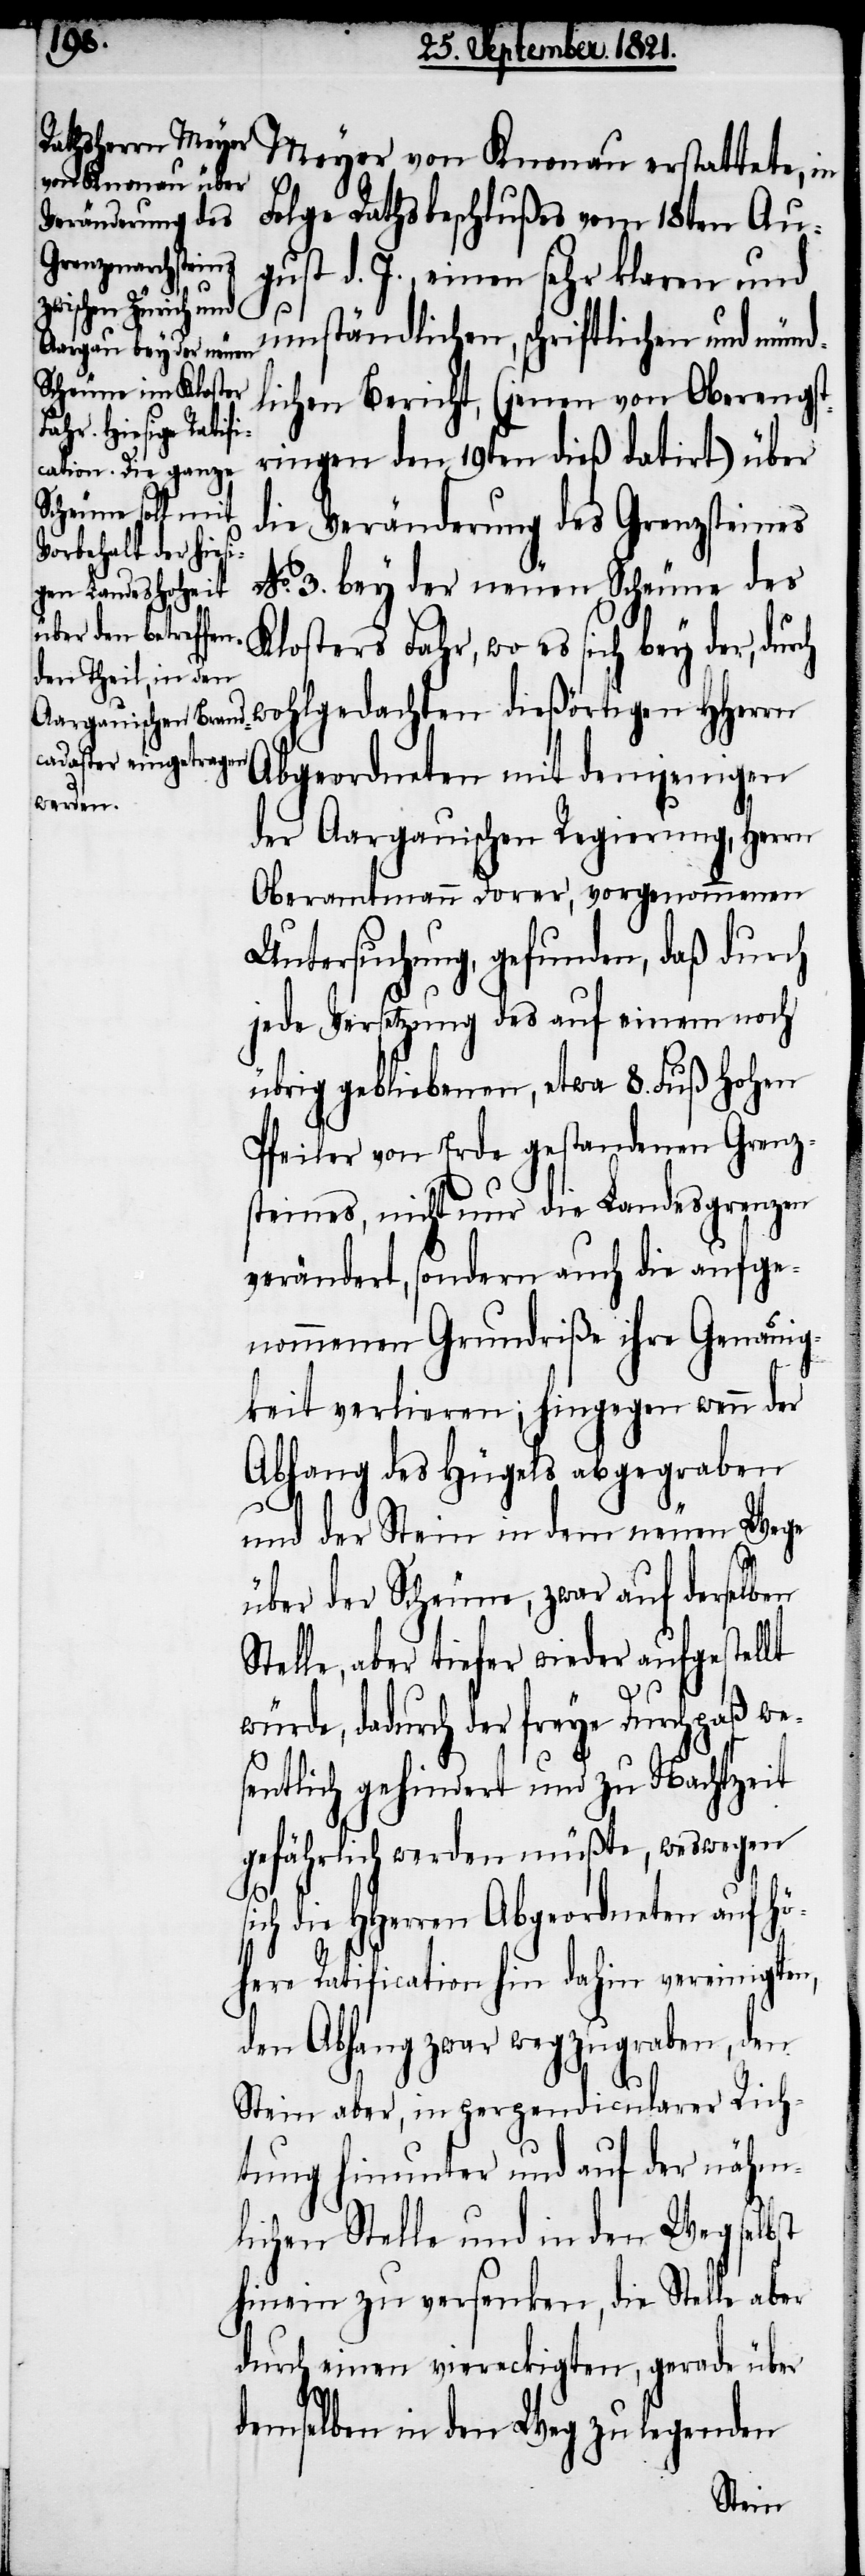
von Knonau er¬
Folge Rathsbeschlußes vom 18ten Au¬
gust d. J., einen sehr klaren und
umständlichen, schriftlichen und münd¬
lichen Bericht, (jenen von Oberengst¬
ringen den 19ten dieß datiert) über
die Veränderung des Grenzsteins
No. 3. bey der neuen Scheune des
stattete, in
Klosters Fahr, wo es sich bey der, durch
wohlgedachten dießörtigen HHerrn
Abgeordneten mit denjenigen
der Aargauischen Regierung, Herrn
Oberamtmann Dorer, vorgenommenen
Untersuchung, gefunden, daß durch
jede Versetzung des auf einem noch
übrig gebliebenen, etwa 8. Fuß hohen
Pfeiler von Erde gestandenen Grenz¬
steins, nicht nur die Landesgrenzen
verändert, sondern auch die aufge¬
nommenen Grundriße ihre Genauig¬
keit verlieren; hingegen wenn der
Abhang des Hügels abgegraben
und der Stein in dem neuen Wege
über der Scheune, zwar auf derselben
Stelle, aber tiefer wieder aufgestellt
würde, dadurch der freye Durchpaß we¬
sentlich gehindert und zu Nachtzeit
gefährlich werden müßte, weswegen
s¬
ich die HHerren Abgeordneten auf hö¬
here Ratification hin dahin vereinigten,
den Abhang zwar wegzugraben, den
Stein aber, in perpendicularer Rich¬
tung hinunter und auf der nähm¬
lichen Stelle und in den Weg selbst
hinein zu versenken, die Stelle aber
durch einen viereckigen, gerade über
demselben in den Weg zu legenden